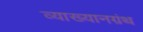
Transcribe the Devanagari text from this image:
व्याख्यानग्रंथ